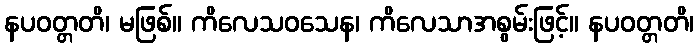
နပဝတ္တတိ၊ မဖြစ်။ ကိလေသဝသေန၊ ကိလေသာအစွမ်းဖြင့်။ နပဝတ္တတိ၊